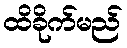
ထိခိုက်မည်